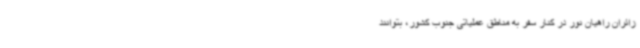
زائران راهیان نور در کنار سفر به مناطق عملیاتی جنوب کشور، بتوانند